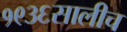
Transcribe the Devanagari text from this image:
१९३६सालीच